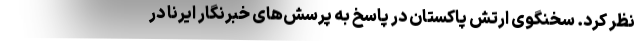
نظر کرد. سخنگوی ارتش پاکستان در پاسخ به پرسش‌های خبرنگار ایرنا در